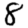
Digit: 8